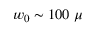
w _ { 0 } \sim 1 0 0 ~ \mu